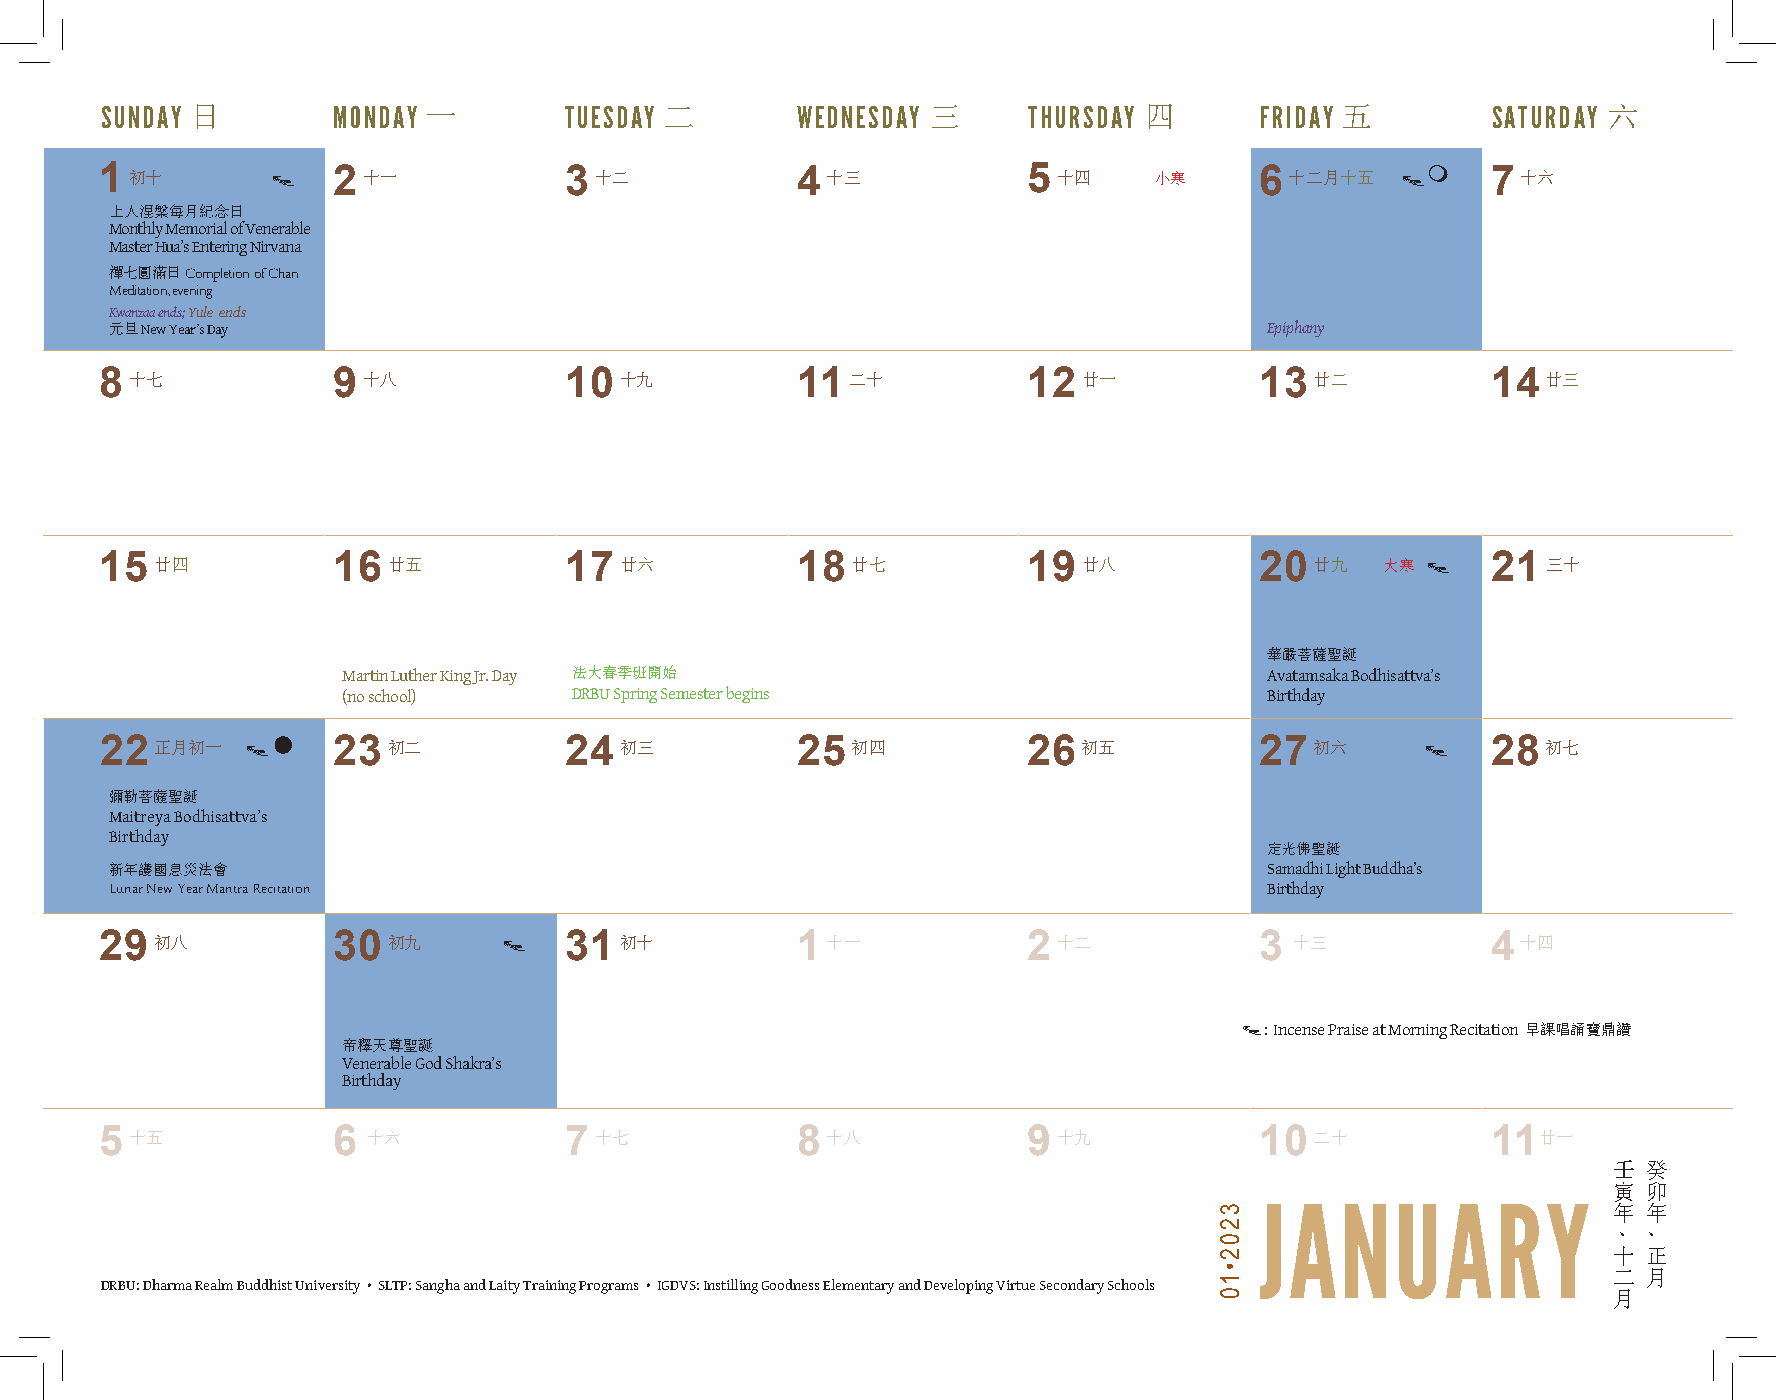
SUNDAY 日       MONDAY 一       TUESDAY 二       WEDNESDAY 三    THURSDAY 四     FRIDAY 五        SATURDAY 六
 1 初十       t   2 十一           3 十二            4 十三           5 十四    小寒     6 十二月十五   tm    7 十六
 上人涅槃每月紀念日
 Monthly Memorial of Venerable
 Master Hua’s Entering Nirvana
 禪七圓滿日 Completion of Chan
 Meditation, evening
 Kwanzaa ends; Yule ends
 元旦 New Year’s Day                                                            Epiphany
 8 十七           9 十八           10  十九          11 二十          12廿一           13  廿二          14 廿三
 15廿四           16  廿五         17廿六            18 廿七          19廿八           20  廿九   大寒 t   21三十
 華嚴菩薩聖誕
 Martin Luther King Jr. Day 法大春季班開始                           Avatamsaka Bodhisattva’s
 (no school)    DRBU Spring Semester begins                   Birthday
 22 正月初一  tl    23  初二         24  初三          25 初四          26  初五         27  初六     t    28 初七
 彌勒菩薩聖誕
 Maitreya Bodhisattva’s
 Birthday
 定光佛聖誕
 新年護國息災法會                                                                     Samadhi Light Buddha’s
 Lunar New Year Mantra Recitation                                             Birthday
 29 初八          30  初九     t   31  初十          1 十一           2 十二           3  十三           4 十四
 t: Incense Praise at Morning Recitation 早課唱誦寶鼎讚
 帝釋天尊聖誕
 Venerable God Shakra’s
 Birthday
 5 十五           6 十六           7 十七            8 十八           9 十九           10  二十          11廿一
 壬 癸
 寅 卯
 JANUARY                 年 年
 、 、
 十 正
 二 月
 DRBU: Dharma Realm Buddhist University • SLTP: Sangha and Laity Training Programs • IGDVS: Instilling Goodness Elementary and Developing Virtue Secondary Schools
 月
 3202•10